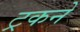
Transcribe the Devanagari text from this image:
ट्रकने